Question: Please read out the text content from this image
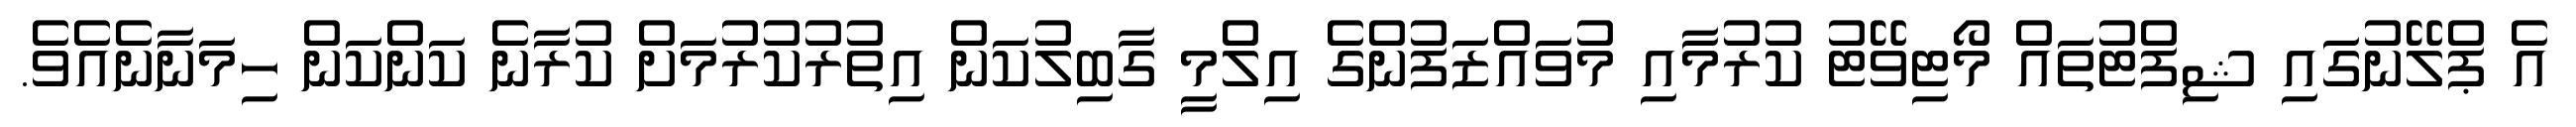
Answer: އެ ޕްލޭނުގައި ޝިފްޓުތައް މޯޓިވޭޓު ކުރުމާއި މުވައްޒަފުންގެ އިލްމީ ގާބިލުކަން އިތުރުކުރުމަށް ކުރާނެ ކަންކަން ހިމަނާނެއެވެ.